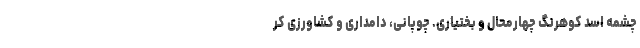
چشمه اسد کوهرنگ چهارمحال و بختیاری. چوپانی، دامداری و کشاورزی ‌کر